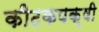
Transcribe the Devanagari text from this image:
कीटकपक्षी